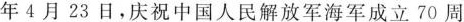
年4月23日，庆祝中国人民解放军海军成立70周